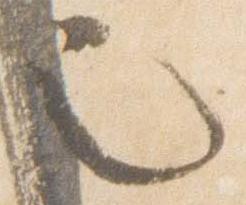
也